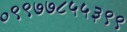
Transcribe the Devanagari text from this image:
०९९७७८५५३९९